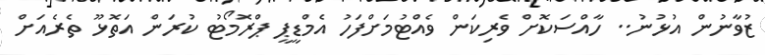
ޒުވާނުން އުޅުނު.. ހާއްސަކޮށް ވެރިކަން ވެއްޓުމަށްފަހު އެމްޑީޕީ ޕްރޮމޯޓު ކުރަން އަތޮޅޫ ތެރެއަށް